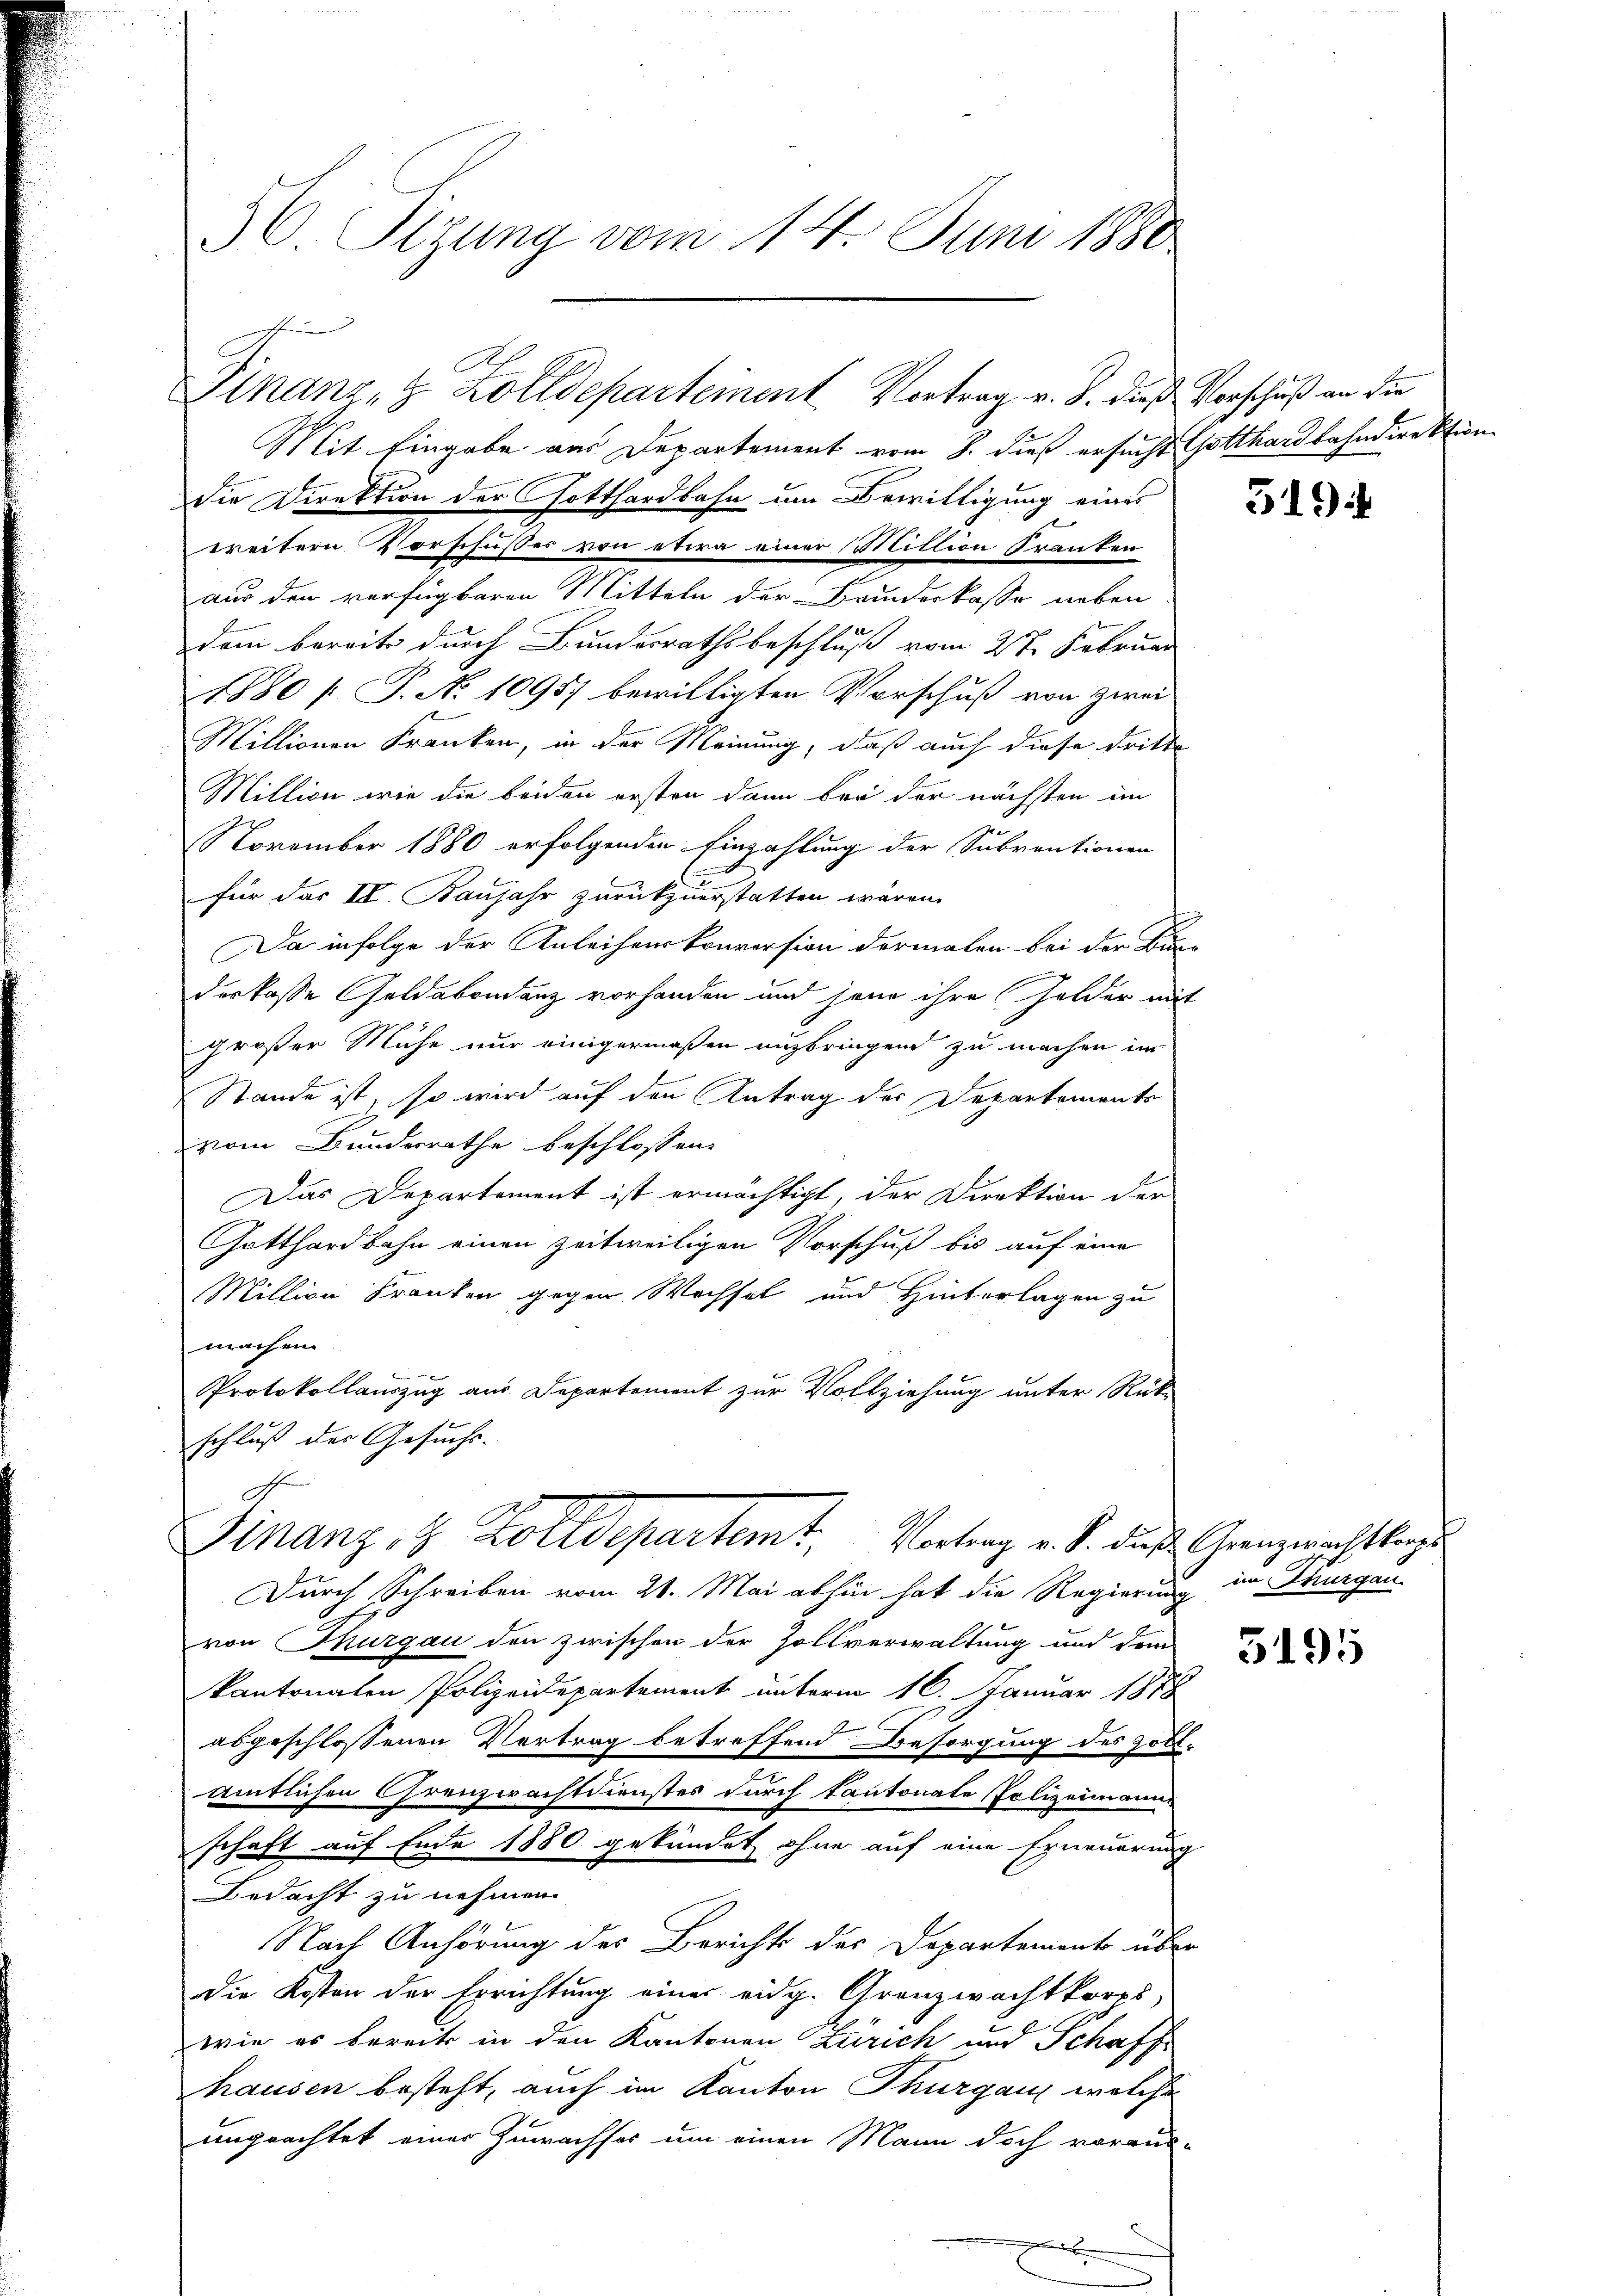
50. Sizung vom 14. Juni 1880

schen
Finanze & Zolldepartement. Vortrag v. 8. dieß Vorschuß an die

Mit Eingabe aus Departement vom 8. dieß ersucht Gotthardbahndirektion
die Direktion der Gotthardbahn um Bewilligung eines
weitern Vorschußes von etwa einer Million Franken
aus den verfügbaren Mitteln der Banderkasse neben
dem bereits durch Bundesrathsbeschluß vom 2te Februar
1880 / P. No 10957 bewilligten Vorschuß von zwei
Millionen Kranken, in der Meinung, daß auch diese dritte
Million wie die beiden ersten dann bei der nächsten im
zu
November 1880 erfolgenden Einzahlung der Subventionen
für das II. Banjahr zurückzuerstatten wären.
Da infolge der Anleihenskriversion dermalen bei der Bun-
u
derkasse Geldabondenz vorhanden und jene ihre Gelder mit
großer Mühe nur einigermaßen anbringend zu machen im
Stande ist, so wird auf den Antrag der Departements
vom Bundesrathe beschlossen:
Das Departement ist ermächtigt, der Direktion der
Gotthardbahn einen zeitweiligen Vorschuß bis auf eine
Million Kranken gegen Wechsel und Hinterlagen zu
machen.
Protokollauszug aus Departement zur Vollziehung unter Rück-
schluß der Gesuchs-

she
Finanz, 2 Zolldepartemt, Vortrag v. M. daß Grenzerichtlage

Durch Schreiben vom 21. Mai abhin hat die Regierung im Drurgau
von Thurgau den zwischen der Zollverwaltung und dem
kantonaten Polizeidepartement unterm 16. Januar 1878
abgeschlossenen Vertrag betreffend Besorgung des Zoll-
amtlichen Grenzwachtdienstes durch Kantonate Polizeimann
schaft auf Ende 1880 gekündet ohne auf eine Erneuerung
Bedacht zu nehmen.
Nach Anhörung des Berichts des Departements über
Die Kosten der Errichtung einer eidg. Granzwachtkorps,
wie es bereits in den Kantonen Zürich und Schaff-
hausen besteht, auch im Kanton Thurgau welche
ungeachtet einer Zuwachses um einen Mann doch voraus-
e

319

5195